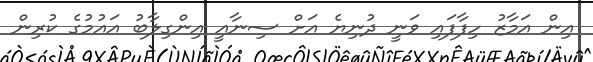
އިން އަމާޒު ހިފާފައި ވަނީ ދުނިޔެ އަށް ސިނާއީ އިންގިލާބު އައުމުގެ ކުރިން